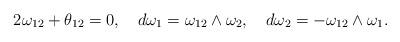
LaTeX: \begin{align*}2\omega_{12}+\theta_{12}=0,~~~d\omega_1=\omega_{12}\wedge\omega_2,~~~d\omega_2=-\omega_{12}\wedge\omega_1.\end{align*}